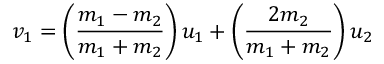
v _ { 1 } = \left( { \frac { m _ { 1 } - m _ { 2 } } { m _ { 1 } + m _ { 2 } } } \right) u _ { 1 } + \left( { \frac { 2 m _ { 2 } } { m _ { 1 } + m _ { 2 } } } \right) u _ { 2 }